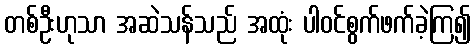
တစ်ဦးဟုသာ အဆဲသန်သည် အထုံး ပါဝင်စွက်ဖက်ခဲ့ကြ၍